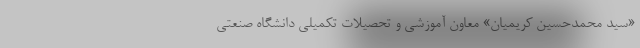
«سید محمدحسین کریمیان» معاون آموزشی و تحصیلات تکمیلی دانشگاه صنعتی